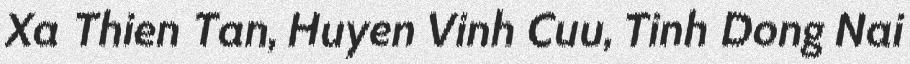
Xa Thien Tan, Huyen Vinh Cuu, Tinh Dong Nai